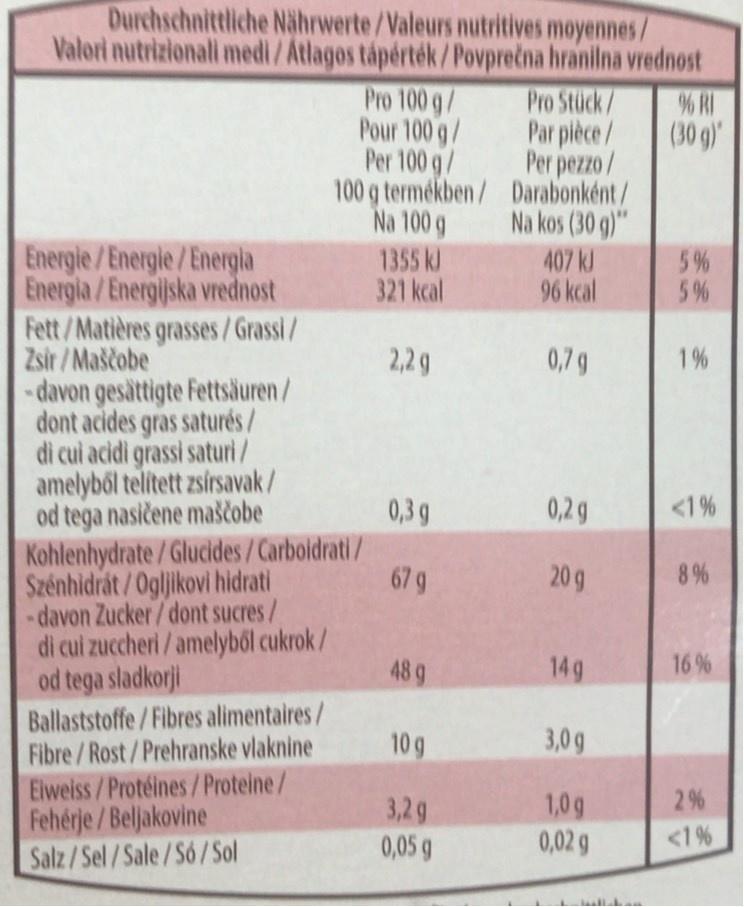
Durchschnittliche Nährwerte/Valeurs nutritives moyennes/ Valori nutrizionali medi/Atlagos tápérték/Povprečna hranilna vrednost
Pro 100 g/ Pour 100 g/ Per 100 g/ 100 g termékben/ Darabonként/ Na 100 g
Pro Stück/ Par pièce/
% RI
(30 g)
Per pezzo/
Na kos (30 g)"
Energie /Energie /Energla Energia /Energijska vrednost Fett/Matières grasses/Grassi/ Zsir /Maščobe -davon gesättigte Fettsäuren/ dont acides gras saturés/ di cui acidi grassi saturi/ amelyből telitett zsirsavak/ od tega nasičene maščobe Kohlenhydrate/Glucides/Carboidrati/ Szénhidrát/Ogljikovi hidrati -davon Zucker/dont sucres/ di cui zuccheri /amelyből cukrok/ od tega sladkorji
1355 kJ 321 kcal
407 kJ 96kcal
5 % 5%
2,29
0,79
1%
0,3g
0,2g
<1%
679
20 g
8%
48 9
14g
16 %
Ballaststoffe/Fibres alimentaires/ Fibre/Rost/Prehranske vlaknine Eiweiss/Protéines/ Proteine/ Fehérje /Beljakovine Salz/Sel/Sale/Só/ Sol
10 g
3,0g
1,09
2%
3,2g 0,05 g
0,02 g
<1%